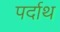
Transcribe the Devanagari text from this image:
पर्दाथ